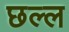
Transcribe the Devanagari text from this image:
छल्ल